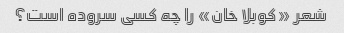
شعر «کوبلا خان» را چه کسی سروده است؟